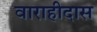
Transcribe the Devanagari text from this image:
वाराहीदास